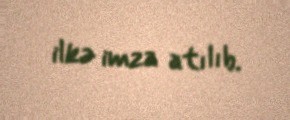
ilkə imza atılıb.